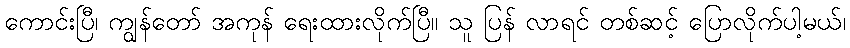
ကောင်းပြီ၊ ကျွန်တော် အကုန် ရေးထားလိုက်ပြီ။ သူ ပြန် လာရင် တစ်ဆင့် ပြောလိုက်ပါ့မယ်၊